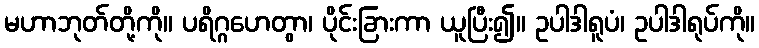
မဟာဘုတ်တို့ကို။ ပရိဂ္ဂဟေတွာ၊ ပိုင်းခြားကာ ယူပြီး၍။ ဥပါဒါရူပံ၊ ဥပါဒါရုပ်ကို။